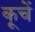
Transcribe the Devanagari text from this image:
कूचें